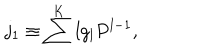
j _ { 1 } \equiv \sum ^ { K } l g _ { l } P ^ { l - 1 } ,